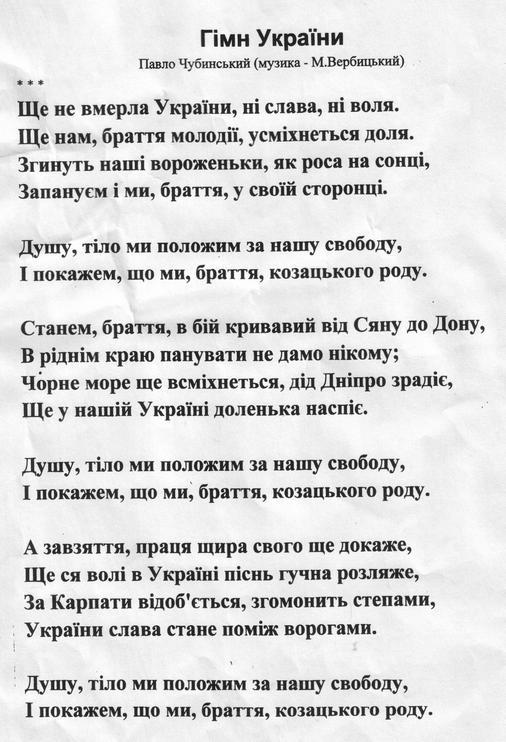
Language: uk